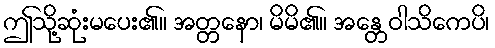
ဤသို့ဆုံးမပေး၏။ အတ္တနော၊ မိမိ၏။ အန္တေဝါသိကေပိ၊